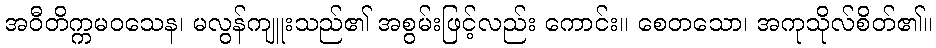
အဝီတိက္ကမဝသေန၊ မလွန်ကျူးသည်၏ အစွမ်းဖြင့်လည်း ကောင်း။ စေတသော၊ အကုသိုလ်စိတ်၏။